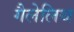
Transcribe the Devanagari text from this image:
गैलेलिथ